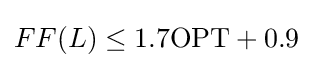
FF(L)\leq 1.7\mathrm {OPT} +0.9